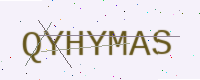
Text: QYHYMAS